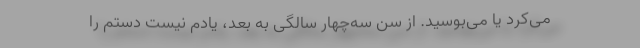
می‌کرد یا می‌بوسید. از سن سه‌چهار سالگی به بعد، یادم نیست دستم را